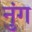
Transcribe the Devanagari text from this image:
नुंग